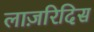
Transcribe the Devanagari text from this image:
लाज़रिदिस